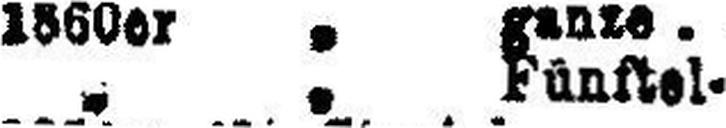
" " Fünftel-